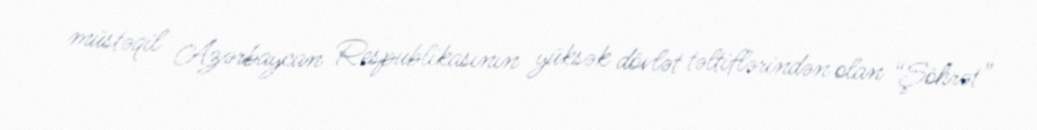
müstəqil Azərbaycan Respublikasının yüksək dövlət təltiflərindən olan “Şöhrət”